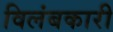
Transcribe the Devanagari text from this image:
विलंबकारी